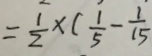
= \frac { 1 } { 2 } \times ( \frac { 1 } { 5 } - \frac { 1 } { 1 5 } )